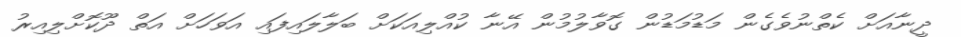
ދީނާއަށް ކެތްނުވެގެން މަޑުމަޑުން ގޮވާލުމުން އޭނާ ކުއްލިއަކަށް ބަލާލައިފައި އަވަހަށް އަތް ދޫކޮށްލިއިރު